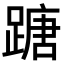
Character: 𨃠